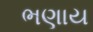
ભણાય